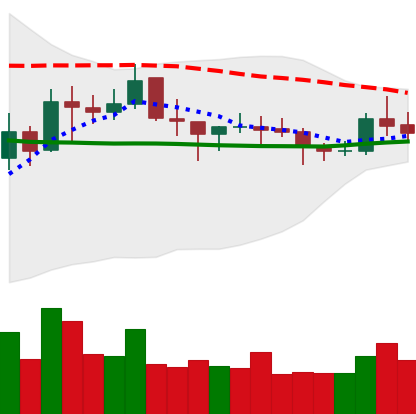
Ticker: NEO-USD
Chart end date: 2021-10-22
Forward return: -11.554%
Label: down_7plus